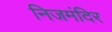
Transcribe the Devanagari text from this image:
निजमंदिर